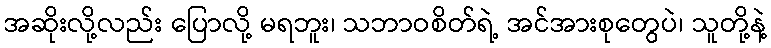
အဆိုးလို့လည်း ပြောလို့ မရဘူး၊ သဘာဝစိတ်ရဲ့ အင်အားစုတွေပဲ၊ သူတို့နဲ့